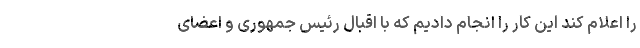
را اعلام کند این کار را انجام دادیم که با اقبال رئیس جمهوری و اعضای